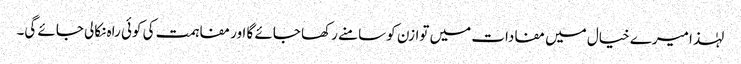
لہٰذا میرے خیال میں مفادات میں توازن کو سامنے رکھا جائے گا اور مفاہمت کی کوئی راہ نکالی جائے گی۔